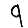
Digit: 9